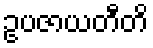
ဥပဇာယတီတိ